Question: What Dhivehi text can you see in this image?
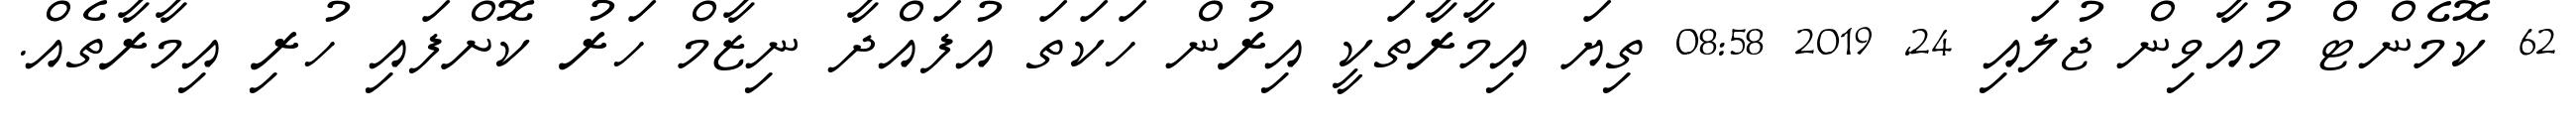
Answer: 62 ކޮމެންޓް މުއާވިން ޖުލައި 24, 2019 08:58 ތިޔަ އިމާރާތަކީ އިރުން ހަކަތަ އުފައްދާ ނިޒާމް ހަރު ކޮށްފައި ހުރި އިމާރާތެއް.